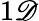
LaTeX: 1\mathscr{D}